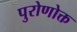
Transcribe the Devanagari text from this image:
पुरोणोक्त